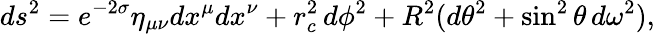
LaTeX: ds^{2}=e^{-2\sigma}\eta_{\mu\nu}dx^{\mu}dx^{\nu}+r_{c}^{2}\, d\phi^{2}+R^{2}(d\theta^{2}+\sin^{2}\theta\, d\omega^{2}),